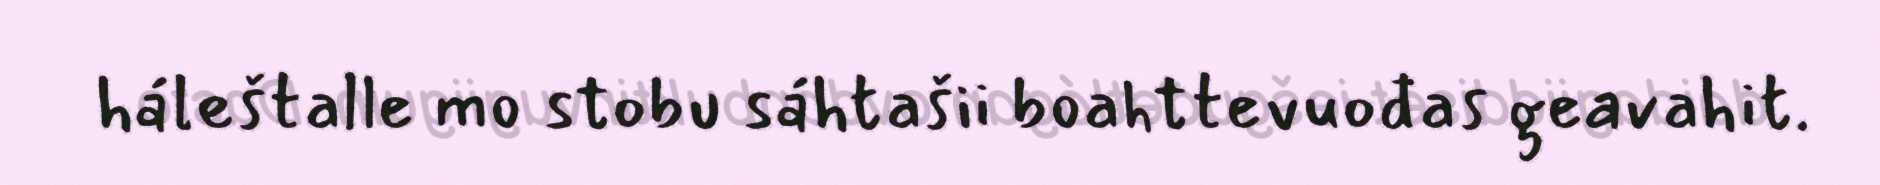
háleštalle mo stobu sáhtašii boahttevuođas geavahit.